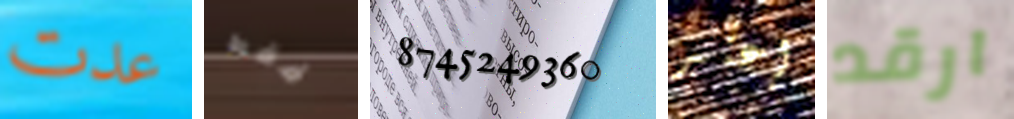
عدت فقط 8745249360 إعتبر ارقد